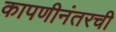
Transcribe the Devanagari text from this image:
कापणीनंतरची